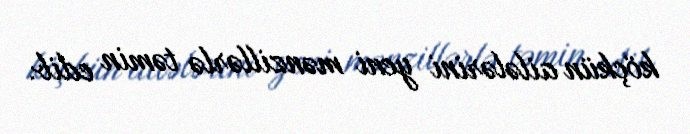
köçkün ailələrini yeni mənzillərlə təmin edib.